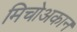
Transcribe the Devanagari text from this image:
मिचोअकान